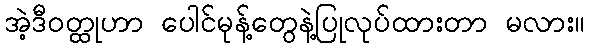
အဲ့ဒီဝတ္ထုဟာ ပေါင်မုန့်တွေနဲ့ပြုလုပ်ထားတာ မလား။